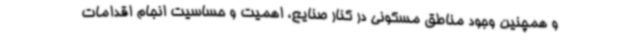
و همچنین وجود مناطق مسکونی در کنار صنایع، اهمیت و حساسیت انجام اقدامات